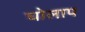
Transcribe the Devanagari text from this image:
घोलाप